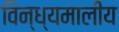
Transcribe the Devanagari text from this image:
विन्ध्यमालीय